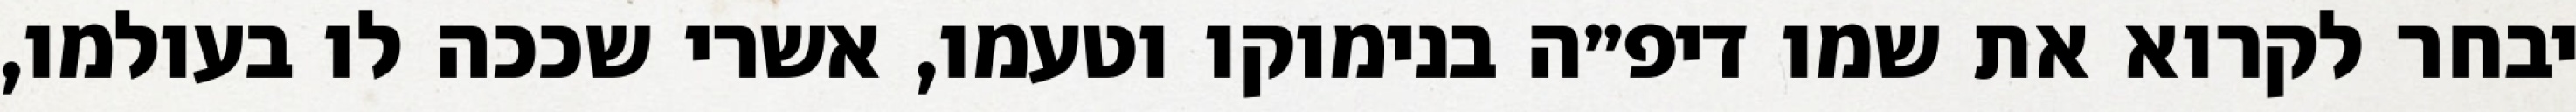
יבחר לקרוא את שמו דיפ״ה בנימוקו וטעמו, אשרי שככה לו בעולמו,